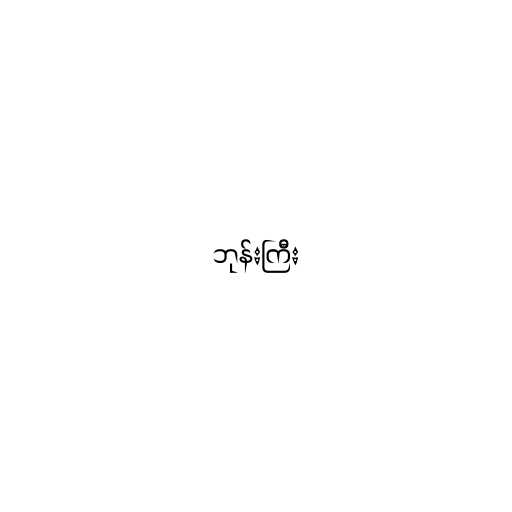
ဘုန်းကြီး